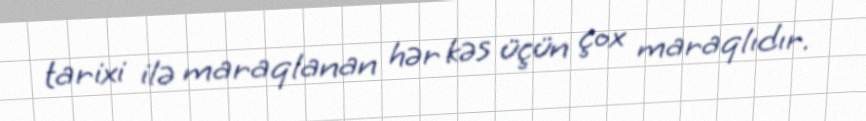
tarixi ilə maraqlanan hər kəs üçün çox maraqlıdır.